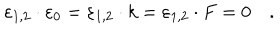
\varepsilon _ { 1 , 2 } \cdot \varepsilon _ { 0 } = \varepsilon _ { 1 , 2 } \cdot k = \varepsilon _ { 1 , 2 } \cdot F = 0 \quad .